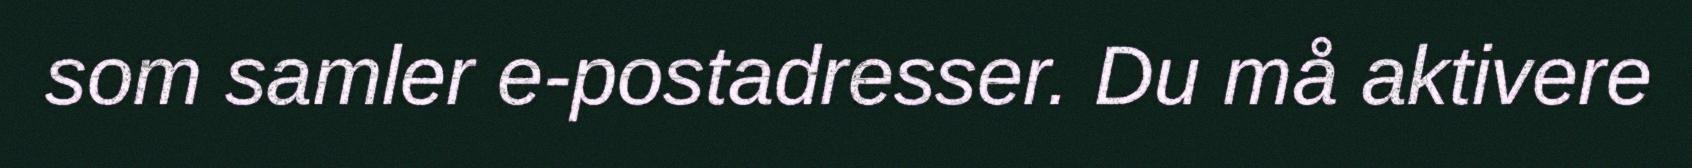
som samler e-postadresser. Du må aktivere